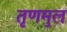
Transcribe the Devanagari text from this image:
तृणमुल